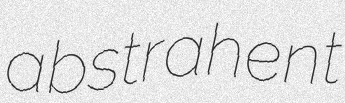
abstrahent